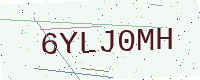
Text: 6YLJ0MH